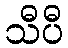
သီပီ